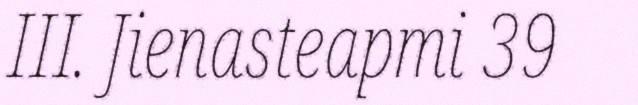
III. Jienasteapmi 39